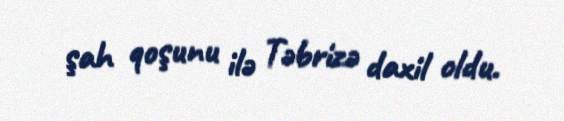
şah qoşunu ilə Təbrizə daxil oldu.